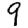
Digit: 9